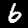
Label: 6